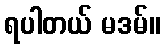
ရပါတယ် မဒမ်။